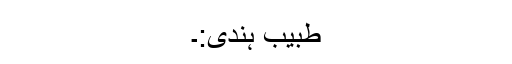
طبیب ہندی:۔